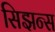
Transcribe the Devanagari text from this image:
सिझन्स